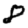
Digit: 8